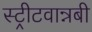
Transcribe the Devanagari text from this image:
स्ट्रीटवान्नबी